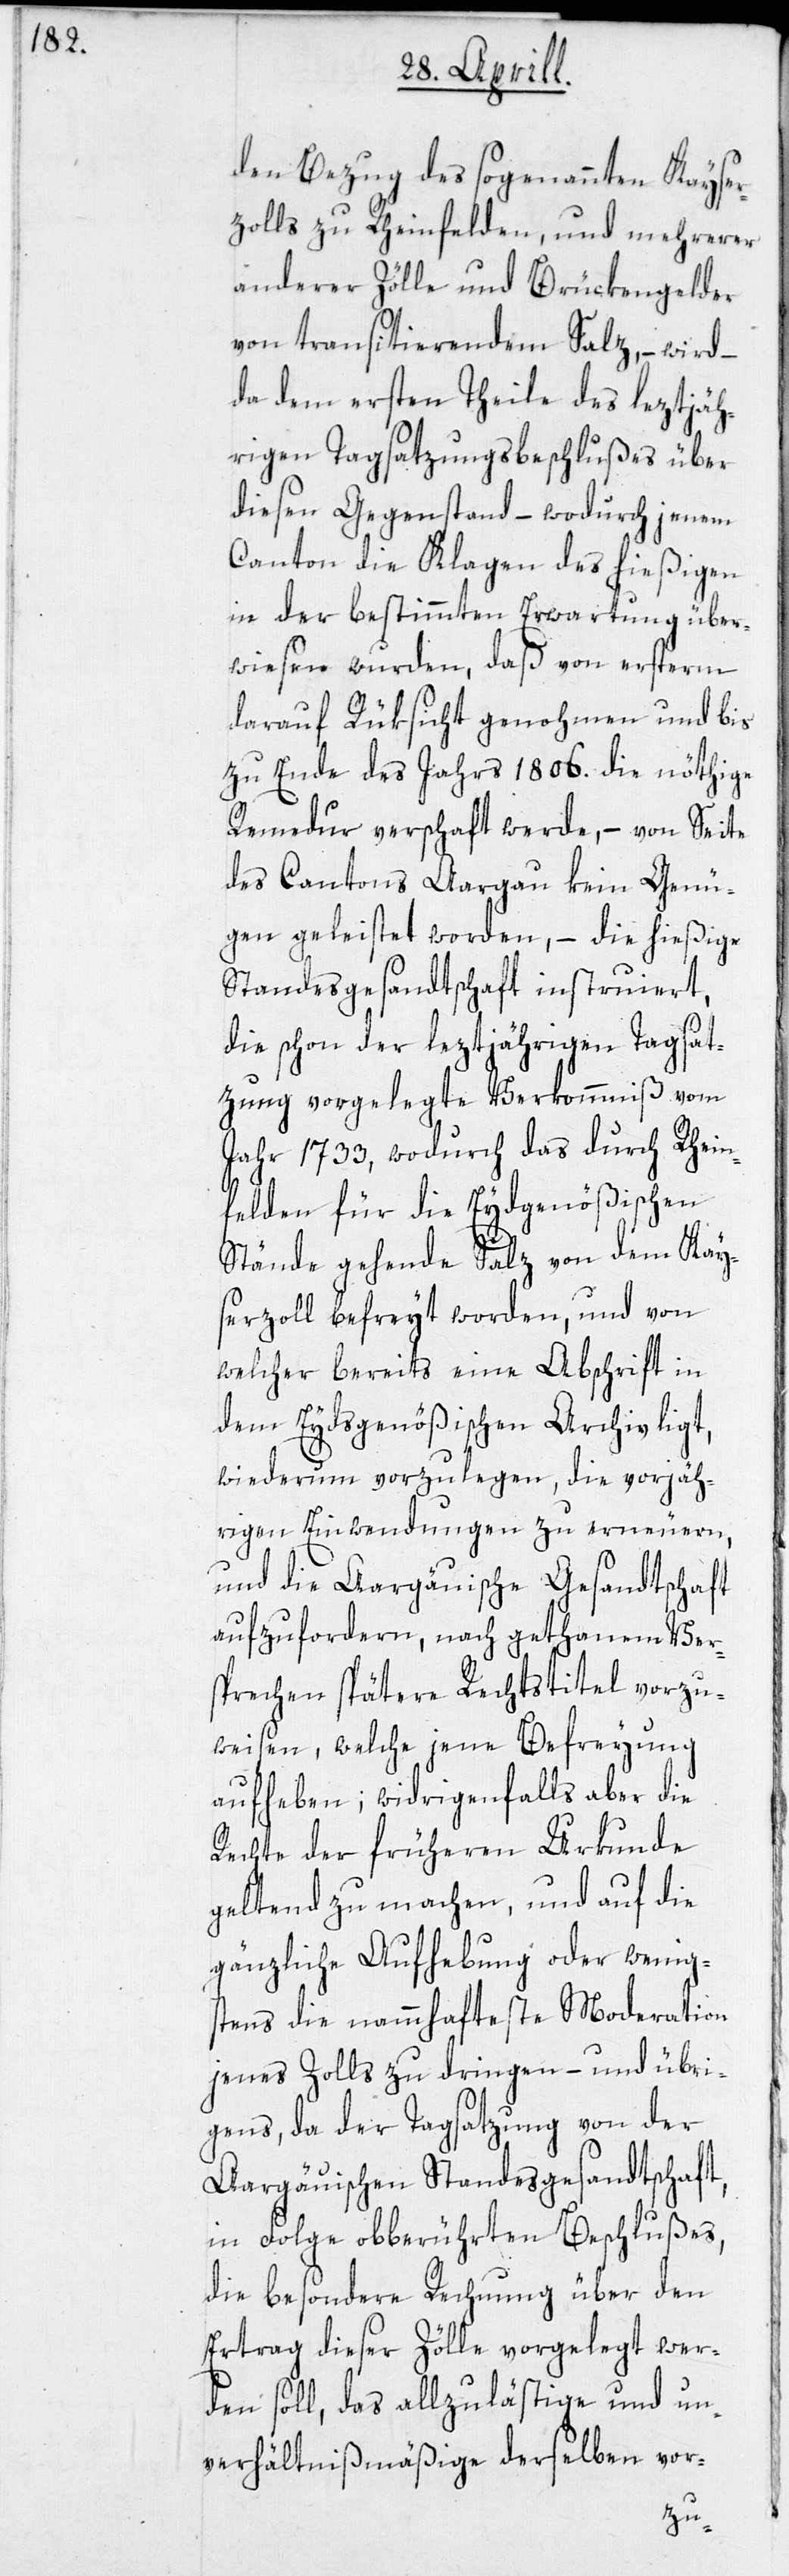
den Bezug des sogenannten Kayser¬
zolls zu Rheinfelden, und mehrerer
anderer Zölle und Brückengelder
von transitierendem Salz, – wird –
da dem ersten Theile des leztjäh¬
rigen Tagsatzungsbeschlußes über
diesen Gegenstand – wodurch jenem
Canton die Klagen des hießigen
in der bestimmten Erwartung über¬
wiesen wurden, daß von ersterm
darauf Rüksicht genohmen und bis
zu Ende des Jahrs 1806. die nöthige
Remedur verschafft werde, – von Seite
des Cantons Aargau kein Genü¬
gen geleistet worden, – die hießige
Standesgesandtschaft instruiert,
die schon der leztjährigen Tagsat¬
zung vorgelegte Verkommniß vom
Jahr 1733, wodurch das durch Rhein¬
felden für die Eydgenößischen
Stände gehende Salz von dem Kay¬
serzoll befreyt worden, und von
welcher bereits eine Abschrift in
dem Eydsgenößischen Archiv ligt,
wiederum vorzulegen, die vorjäh¬
rigen Einwendungen zu erneuern,
und die Aargäuische Gesandtschaft
aufzufordern, nach gethanem Ver¬
sprechen spätere Rechtstitel vorzu¬
weisen, welche jene Befreyung
aufheben; widrigenfalls aber die
Rechte der früheren Urkunde
geltend zu machen, und auf die
gänzliche Aufhebung oder wenig¬
stens die nammhafteste Moderation
jenes Zolls zu dringen – und übri¬
gens, da der Tagsatzung von der
Aargäuischen Standesgesandtschaft,
in Folge obberührten Beschlußes,
die besondere Rechnung über den
Ertrag dieser Zölle vorgelegt wer¬
den soll, das allzulästige und un¬
verhältnißmäßige derselben vor-